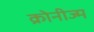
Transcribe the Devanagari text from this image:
क्रोनीज्म